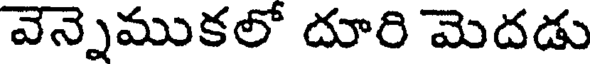
వెన్నెముకలో దూరి మెదడు